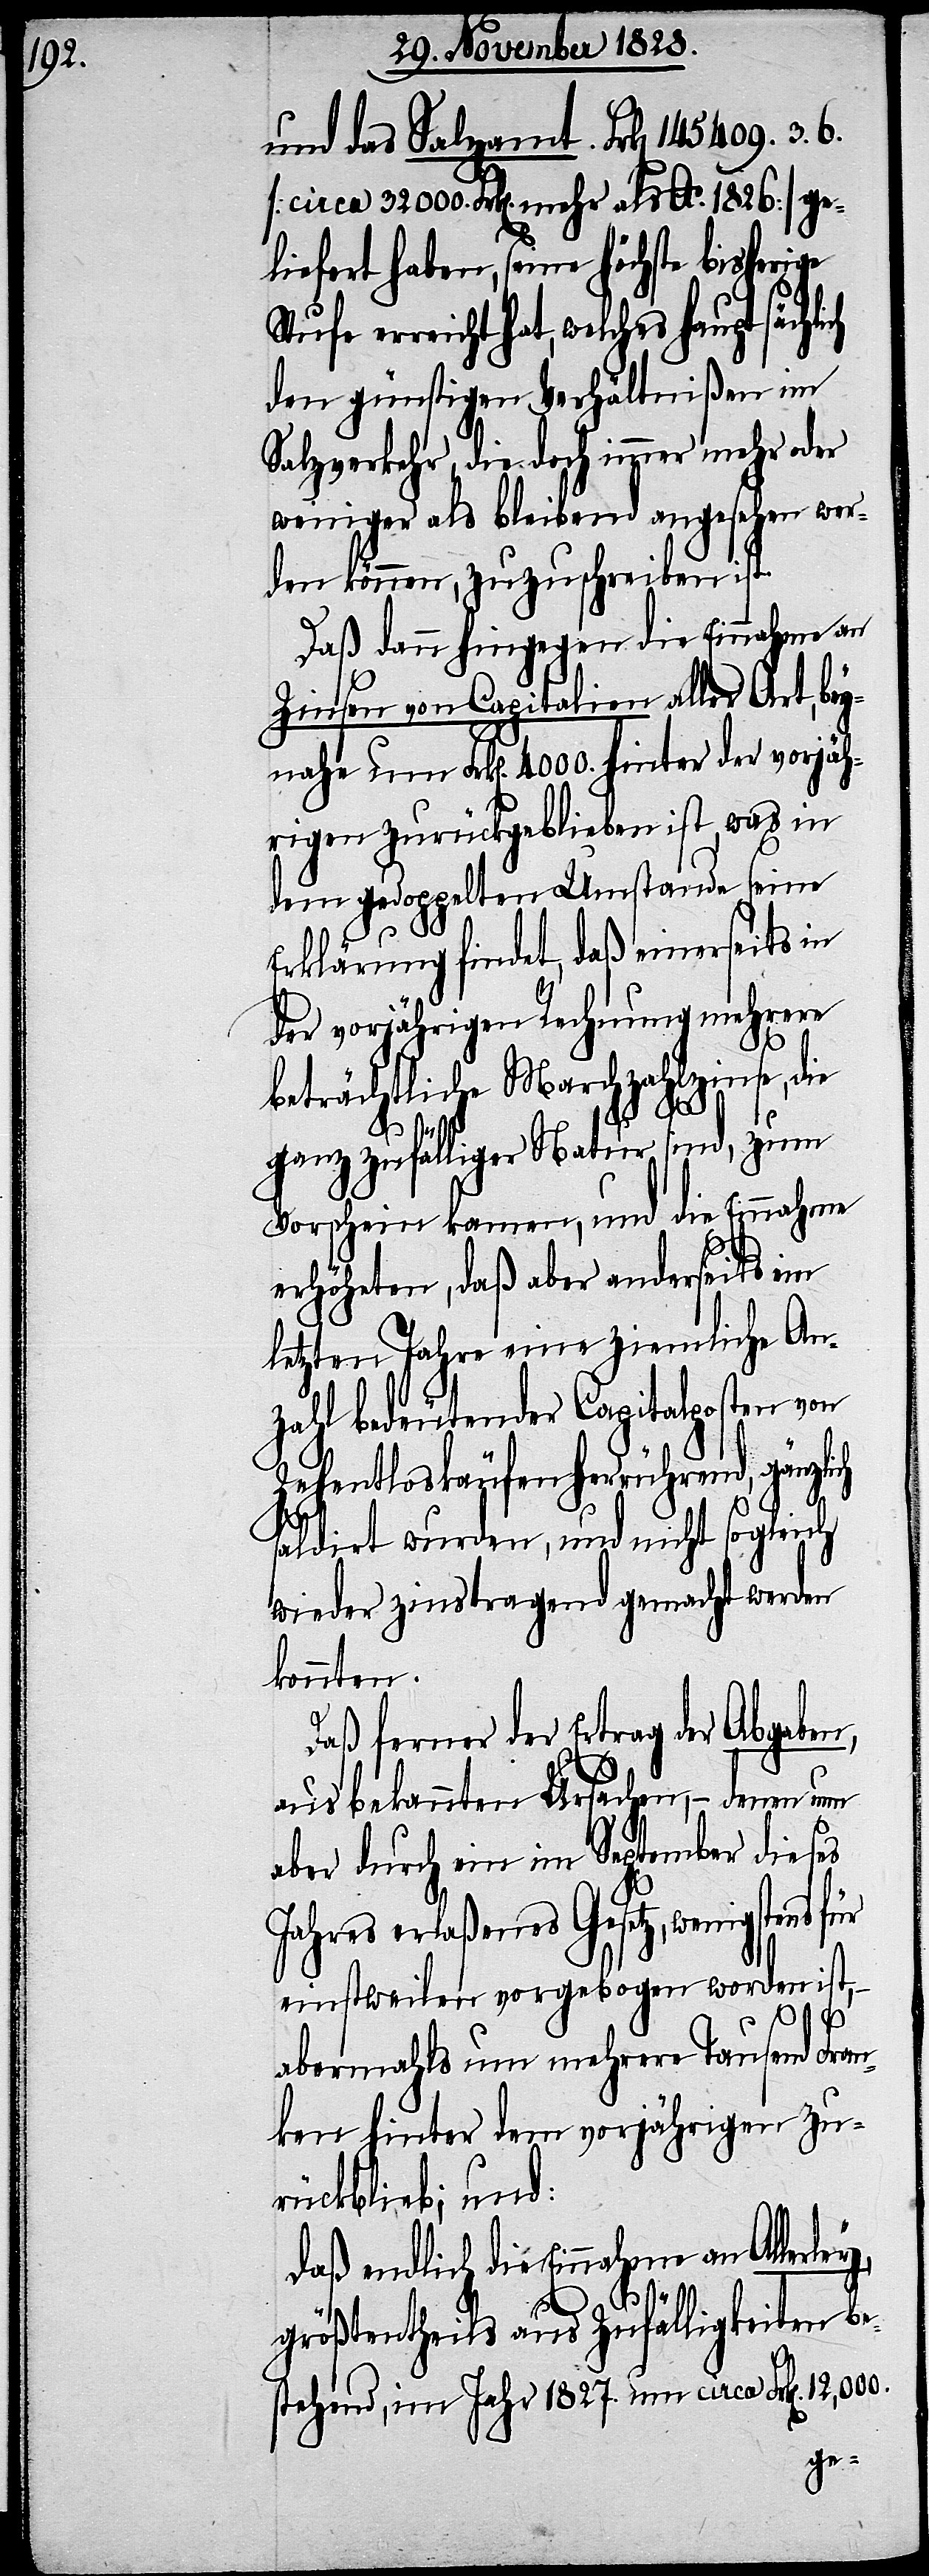
und das Salzamt Frk[en]. 145,409. 3. 6.
[circa 32 000. Frk[en]. mehr als Ao. 1826] ge¬
liefert haben, seine höchste bisherige
Stufe erreicht hat, welches hauptsächli¬
den günstigen Verhältnißen im
Salzverkehr, die doch immer mehr oder
weniger als bleibend angesehen wer¬
den können, zuzuschreiben ist.
Daß dann hingegen die Einnahme an
Zinsen von Capitalien aller Art, bey¬
nahe um Frk[en]. 4000. hinter der vorjäh¬
rigen zurückgeblieben ist, was in
dem gedoppelten Umstande seine
Erklärung findet, daß einerseits in
der vorjährigen Rechnung mehrere
beträchtliche Marchzahlzinse, die
ley,
ganz zufälliger Natur sind, zum
Vorschein kamen, und die Einnahme
erhöheten, daß aber anderseits im
letzten Jahre ein ziemliche An¬
zahl bedeutender Capitalposten von
Zehentloskäufen herrührend, gän¬
saldirt wurden, und nicht sogleich
wieder zinstragend gemacht werden
konnten.
Daß ferner der Ertrag der Abgaben,
aus bekannten Ursachen, – denen nun
aber durch ein im September dieses
Jahres erlaßenes Gesetz, wenigstens
einstweilen vorgebogen worden ist,
abermahls um mehrere Tausend Fran¬
ken hinter dem vorjährigen zu¬
rückblieb; und:
daß endlich die Einnahme an Aller¬
größtentheils aus Zufälligkeiten be¬
stehend, im Jahr 1827. um circa Frk[en].